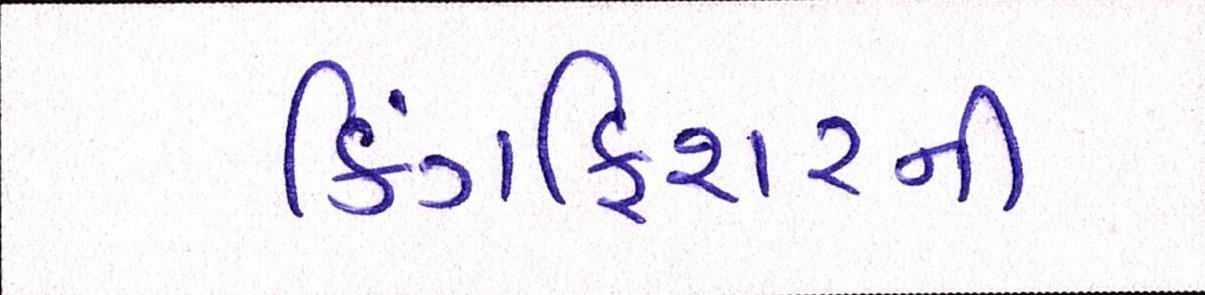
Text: કિંગફિશરની